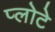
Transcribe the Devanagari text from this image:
प्लोटे